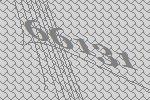
66131